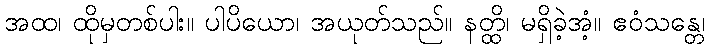
အထ၊ ထိုမှတစ်ပါး။ ပါပိယော၊ အယုတ်သည်။ နတ္ထိ၊ မရှိခဲ့အံ့။ ဧဝံသန္တေ၊